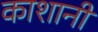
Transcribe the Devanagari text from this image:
काशानी